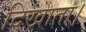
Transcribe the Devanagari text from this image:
दिखाता।